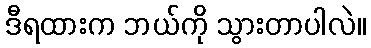
ဒီရထားက ဘယ်ကို သွားတာပါလဲ။